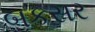
બકસર